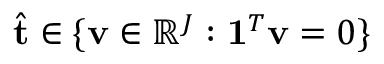
\hat { \mathbf { t } } \in \{ \mathbf { v } \in \mathbb { R } ^ { J } : \mathbf { 1 } ^ { T } \mathbf { v } = 0 \}